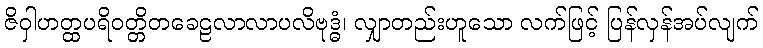
ဇိဝှါဟတ္ထပရိဝတ္တိတခေဠလာလာပလိဗုဒ္ဓံ၊ လျှာတည်းဟူသော လက်ဖြင့် ပြန်လှန်အပ်လျက်